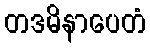
တဒမိနာပေတံ